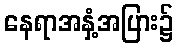
နေရာအနှံ့အပြား၌